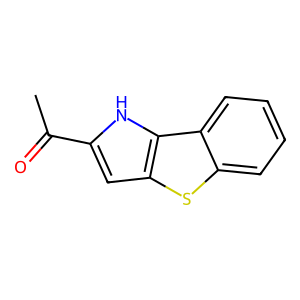
SMILES: CC(=O)c1cc2sc3ccccc3c2[nH]1
Inhibits HIV replication: No